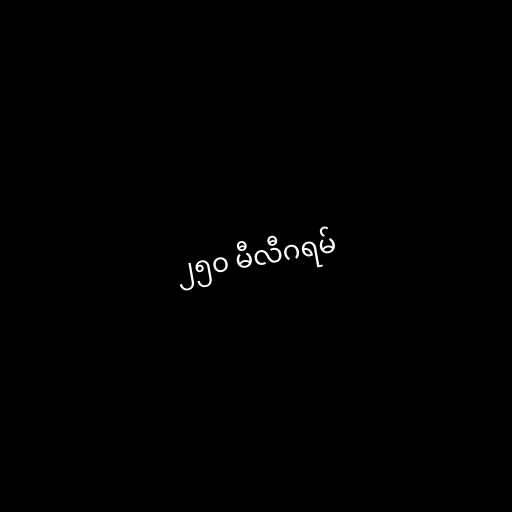
၂၅၀ မီလီဂရမ်